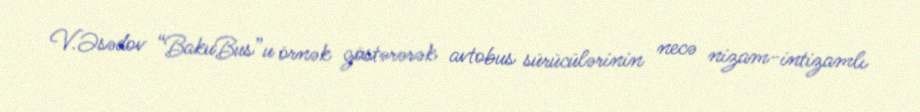
V.Əsədov “BakuBus”u örnək göstərərək avtobus sürücülərinin necə nizam-intizamlı